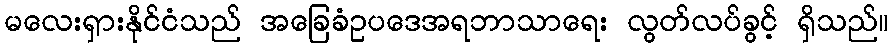
မလေးရှားနိုင်ငံသည် အခြေခံဥပဒေအရဘာသာရေး လွတ်လပ်ခွင့် ရှိသည်။